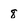
Character: 8